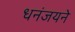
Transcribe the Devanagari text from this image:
धनंजयने